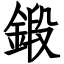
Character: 鍛